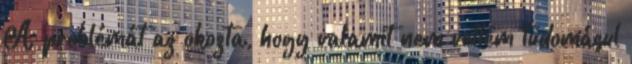
A problémát az okozta, hogy valamit nem vettem tudomásul